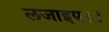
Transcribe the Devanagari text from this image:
लजाइए।।